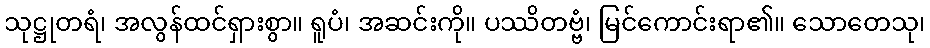
သုဋ္ဌုတရံ၊ အလွန်ထင်ရှားစွာ။ ရူပံ၊ အဆင်းကို။ ပဿိတဗ္ဗံ၊ မြင်ကောင်းရာ၏။ သောတေသု၊